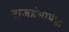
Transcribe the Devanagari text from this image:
राजहंसापेक्षा